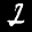
Label: 2